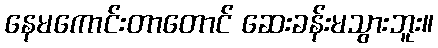
နေမကောင်းတာတောင် ဆေးခန်းမသွားဘူး။